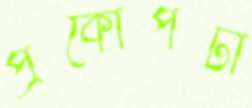
প্রকোপটা